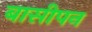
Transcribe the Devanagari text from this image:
बासीपन